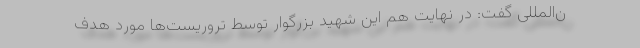
ن‌المللی گفت: در نهایت هم این شهید بزرگوار توسط تروریست‌ها مورد هدف